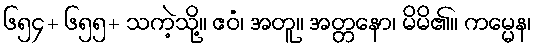
၆၅၄+ ၆၅၅+ သကဲ့သို့။ ဧဝံ၊ အတူ။ အတ္တနော၊ မိမိ၏။ ကမ္မေန၊